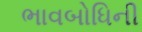
ભાવબોધિની